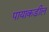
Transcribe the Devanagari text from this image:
पायाकडील